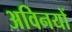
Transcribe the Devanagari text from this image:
अविनयों